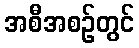
အစီအစဉ်တွင်